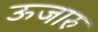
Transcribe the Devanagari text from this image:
ऊजारु